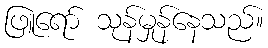
ဖြူရော် သုန်မှုန်နေသည်။